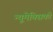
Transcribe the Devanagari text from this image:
न्यूमेक्सिको